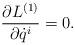
LaTeX: \begin{align*}\frac{\partial L^{(1)}}{\partial \dot{q}^{i}}=0.\end{align*}